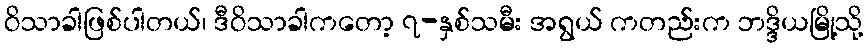
ဝိသာခါဖြစ်ပါတယ်၊ ဒီဝိသာခါကတော့ ၇-နှစ်သမီး အရွယ် ကတည်းက ဘဒ္ဒိယမြို့သို့